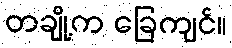
တချို့က ခြေကျင်။